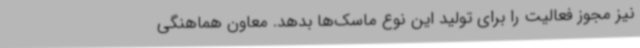
نیز مجوز فعالیت را برای تولید این نوع ماسک‌ها بدهد. معاون هماهنگی